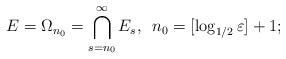
LaTeX: \begin{align*} E=\Omega_{n_0} =\displaystyle{ \bigcap_{s=n_0}^\infty E_s,}\ \ n_0=[\log_{1/2} \varepsilon]+1; \hfil \end{align*}